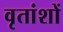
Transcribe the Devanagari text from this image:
वृतांशों